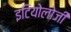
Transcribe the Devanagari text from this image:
इटियोलोजी